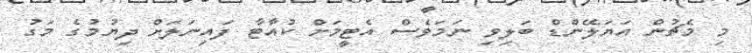
މި މެޗުން އަޔަލޭންޑް ބަލިވި ނަމަވެސް އެޓީމަށް ކުއާޓާ ފައިނަލަށް ދިޔުމުގެ މަގު